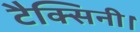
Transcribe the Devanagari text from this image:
टैक्सिनी।